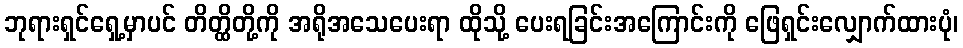
ဘုရားရှင်ရှေ့မှာပင် တိတ္ထိတို့ကို အရိုအသေပေးရာ ထိုသို့ ပေးရခြင်းအကြောင်းကို ဖြေရှင်းလျှောက်ထားပုံ၊